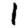
Digit: 1